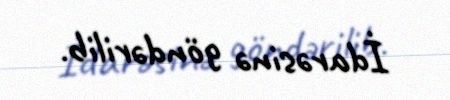
İdarəsinə göndərilib.